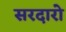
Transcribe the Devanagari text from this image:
सरदारो